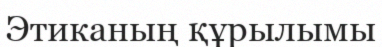
Этиканың құрылымы